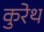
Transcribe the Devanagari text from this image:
कुरेथ